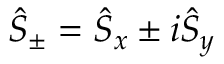
\hat { S } _ { \pm } = \hat { S } _ { x } \pm i \hat { S } _ { y }